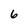
Character: 6